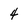
Character: 4